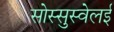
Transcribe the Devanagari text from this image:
सोस्सुस्वेलई